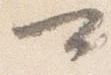
可